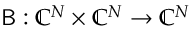
\mathsf { B } : \mathbb { C } ^ { N } \times \mathbb { C } ^ { N } \to \mathbb { C } ^ { N }